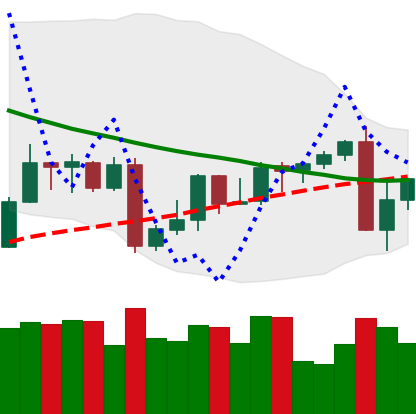
Ticker: XMR-USD
Chart end date: 2022-09-08
Forward return: -4.275%
Label: down_3_5